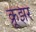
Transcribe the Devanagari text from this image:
क्रूझर